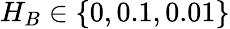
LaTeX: H_{B}\in\{ 0,0.1,0.01\}